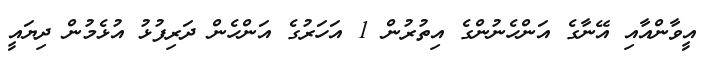
އީވާންއާއި އޭނާގެ އަންހެނުންގެ އިތުރުން 1 އަހަރުގެ އަންހެން ދަރިފުޅު އުޅެމުން ދިޔައީ